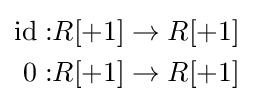
{\begin{aligned}{\text{id}}:&R[+1]\to R[+1]\\0:&R[+1]\to R[+1]\end{aligned}}